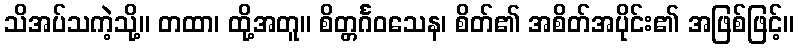
သိအပ်သကဲ့သို့။ တထာ၊ ထို့အတူ။ စိတ္တင်္ဂဝသေန၊ စိတ်၏ အစိတ်အပိုင်း၏ အဖြစ်ဖြင့်။